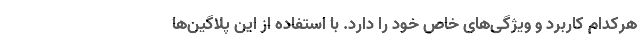
هرکدام کاربرد و ویژگی‌های خاص خود را دارد. با استفاده از این پلاگین‌ها